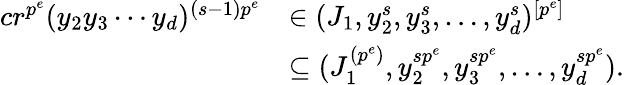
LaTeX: \begin{array}{rl}{cr^{p^{e}}(y_{2}y_{3}\cdots y_{d})^{(s-1)p^{e}}}&{\in(J_{1},y_{2}^{s},y_{3}^{s},\ldots,y_{d}^{s})^{[p^{e}]}}\\ &{\subseteq(J_{1}^{(p^{e})},y_{2}^{sp^{e}},y_{3}^{sp^{e}},\ldots,y_{d}^{sp^{e}}).}\end{array}